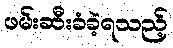
ဖမ်းဆီးခံခဲ့ရသည့်